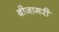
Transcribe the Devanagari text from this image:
बीजागरी